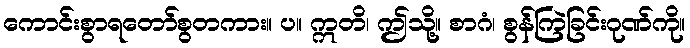
ကောင်းစွာရတော်စွတကား။ ပ။ ဣတိ၊ ဤသို့။ စာဂံ၊ စွန်ကြဲခြင်းဂုဏ်ကို။